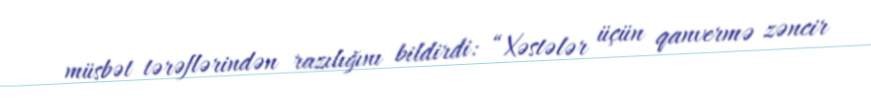
müsbət tərəflərindən razılığını bildirdi: “Xəstələr üçün qanvermə zəncir